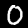
Digit: 0